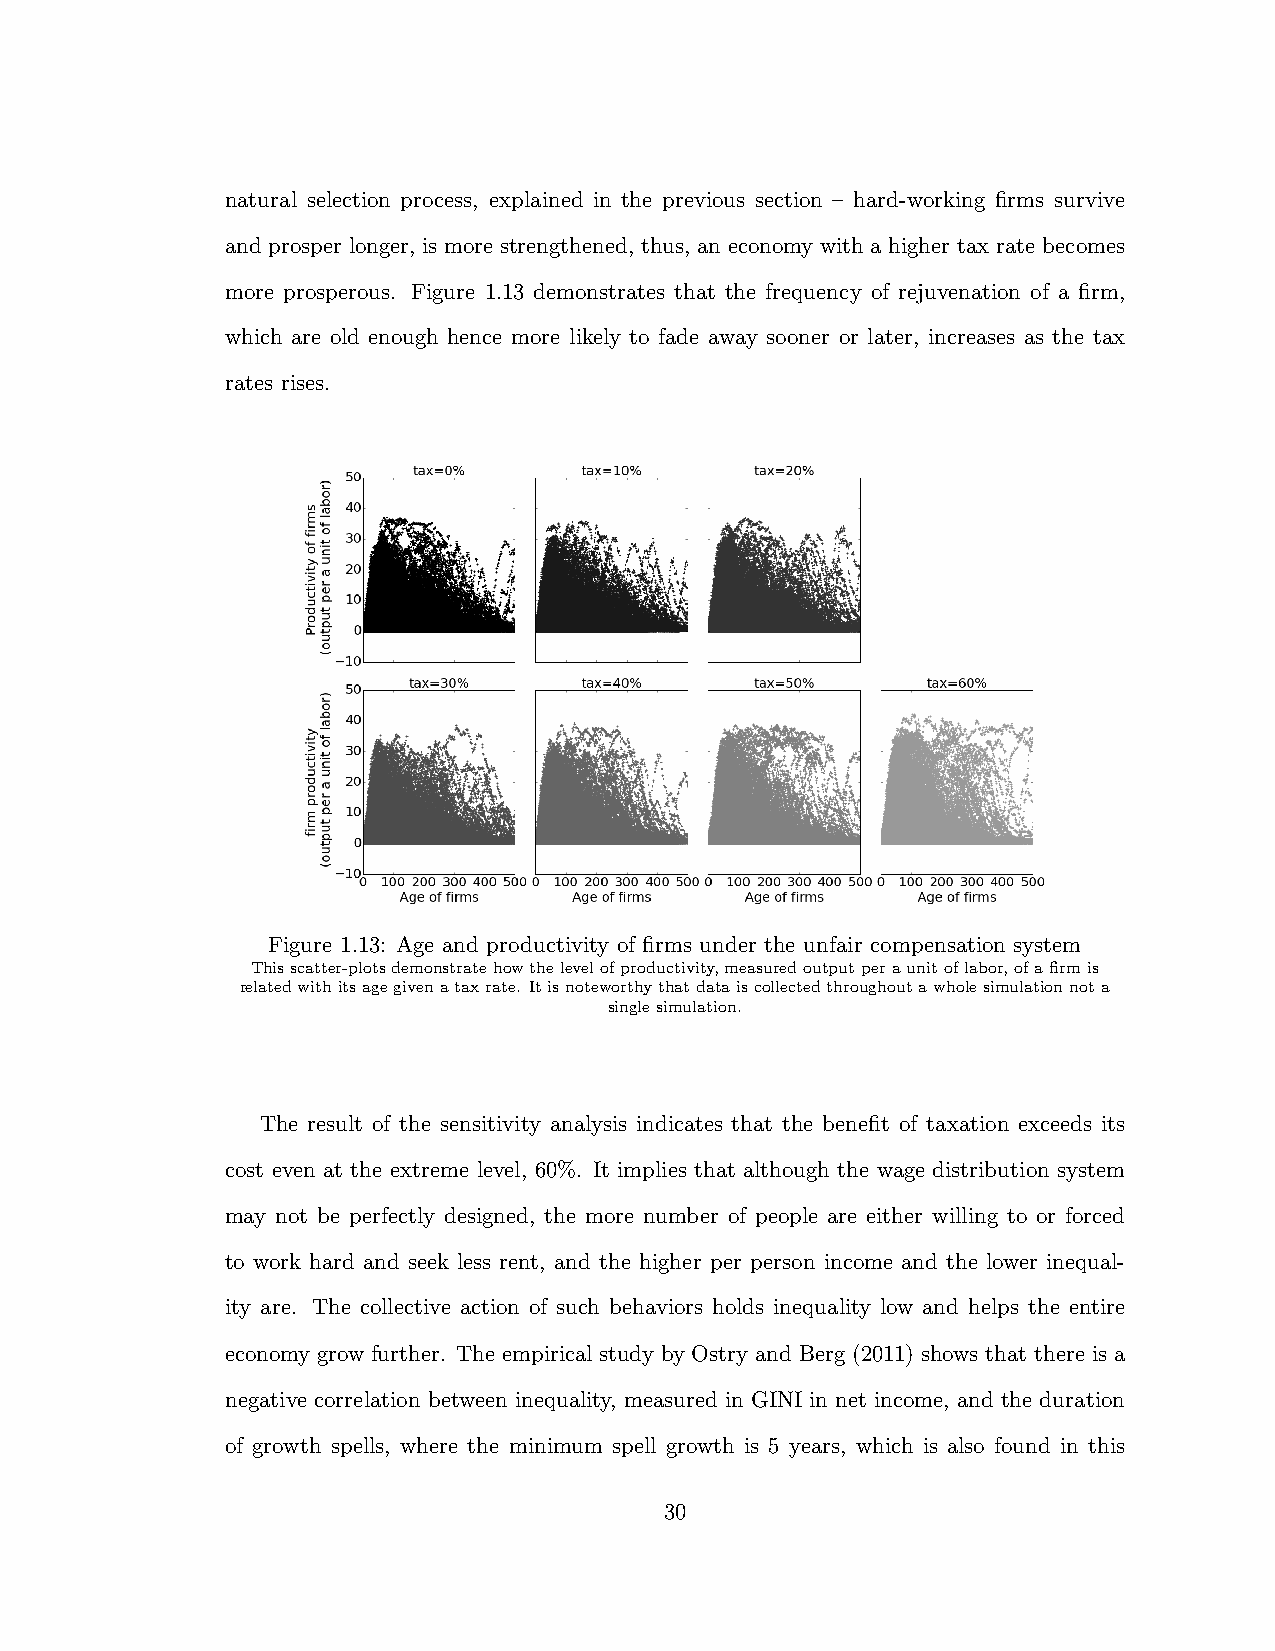
natural selection process, explained in the previous section – hard-working firms survive
 and prosper longer, is more strengthened, thus, an economy with a higher tax rate becomes
 more prosperous. Figure 1.13 demonstrates that the frequency of rejuvenation of a firm,
 which are old enough hence more likely to fade away sooner or later, increases as the tax
 rates rises.
 Figure 1.13: Age and productivity of firms under the unfair compensation system
 Thisscatter-plotsdemonstratehowthelevelofproductivity,measuredoutputperaunitoflabor,ofafirmis
 relatedwithitsagegivenataxrate. Itisnoteworthythatdataiscollectedthroughoutawholesimulationnota
 singlesimulation.
 The result of the sensitivity analysis indicates that the benefit of taxation exceeds its
 cost even at the extreme level, 60%. It implies that although the wage distribution system
 may not be perfectly designed, the more number of people are either willing to or forced
 to work hard and seek less rent, and the higher per person income and the lower inequal-
 ity are. The collective action of such behaviors holds inequality low and helps the entire
 economy grow further. The empirical study by Ostry and Berg (2011) shows that there is a
 negative correlation between inequality, measured in GINI in net income, and the duration
 of growth spells, where the minimum spell growth is 5 years, which is also found in this
 30